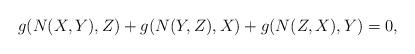
LaTeX: \begin{align*} g(N(X,Y),Z)+g(N(Y,Z),X)+g(N(Z,X),Y)=0, \end{align*}